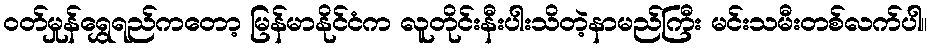
ဝတ်မှုန်ရွှေရည်ကတော့ မြန်မာနိုင်ငံက လူတိုင်းနီးပါးသိတဲ့နာမည်ကြီး မင်းသမီးတစ်လက်ပါ။